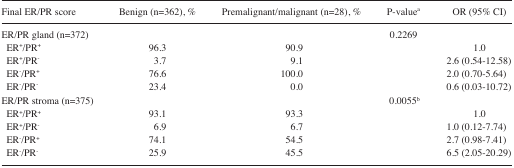
| Final ER/PR score | Benign (n=362), % | Premalignant/malignant (n=28), % | P-valuea | OR (95% CI) |
 | --- | --- | --- | --- | --- |
 | ER/PR gland (n=372) |  |  | 0.2269 |  |
 | ER+/PR+ | 96.3 | 90.9 |  | 1.0 |
 | ER+/PR− | 3.7 | 9.1 |  | 2.6 (0.54–12.58) |
 | ER−/PR+ | 76.6 | 100.0 |  | 2.0 (0.70–5.64) |
 | ER−/PR− | 23.4 | 0.0 |  | 0.6 (0.03–10.72) |
 | ER/PR stroma (n=375) |  |  | 0.0055b |  |
 | ER+/PR+ | 93.1 | 93.3 |  | 1.0 |
 | ER+/PR− | 6.9 | 6.7 |  | 1.0 (0.12–7.74) |
 | ER−/PR+ | 74.1 | 54.5 |  | 2.7 (0.98–7.41) |
 | ER−/PR− | 25.9 | 45.5 |  | 6.5 (2.05–20.29) |